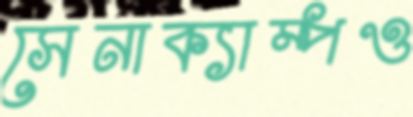
সেনাক্যাম্পও